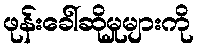
ဖုန်းခေါ်ဆိုမှုများကို